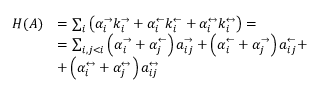
\begin{array} { r l } { H ( A ) } & { = \sum _ { i } \left( \alpha _ { i } ^ { \rightarrow } k _ { i } ^ { \rightarrow } + \alpha _ { i } ^ { \leftarrow } k _ { i } ^ { \leftarrow } + \alpha _ { i } ^ { \leftrightarrow } k _ { i } ^ { \leftrightarrow } \right) = } \\ & { = \sum _ { i , j < i } \left( \alpha _ { i } ^ { \rightarrow } + \alpha _ { j } ^ { \leftarrow } \right) a _ { i j } ^ { \rightarrow } + \left( \alpha _ { i } ^ { \leftarrow } + \alpha _ { j } ^ { \rightarrow } \right) a _ { i j } ^ { \leftarrow } + } \\ & { + \left( \alpha _ { i } ^ { \leftrightarrow } + \alpha _ { j } ^ { \leftrightarrow } \right) a _ { i j } ^ { \leftrightarrow } } \end{array}